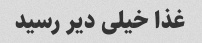
غذا خیلی دیر رسید